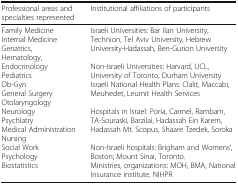
| Professional areas and specialties represented | Institutional affiliations of participants |
 | --- | --- |
 | Family MedicineInternal MedicineGeriatrics,Hematology,EndocrinologyPediatricsOb-GynGeneral SurgeryOtolaryngologyNeurologyPsychiatryMedical AdministrationNursingSocial WorkPsychologyBiostatistics | Israeli Universities: Bar Ilan University, Technion, Tel Aviv University, Hebrew University-Hadassah, Ben-Gurion UniversityNon-Israeli Universities: Harvard, UCL, University of Toronto, Durham UniversityIsraeli National Health Plans: Clalit, Maccabi, Meuhedet, Leumit Health ServicesHospitals in Israel: Poria, Carmel, Rambam, TA-Souraski, Barzilai, Hadassah Ein Karem, Hadassah Mt. Scopus, Shaare Tzedek, SorokaNon-Israeli hospitals: Brigham and Womens’, Boston; Mount Sinai, Toronto.Ministries, organizations: MOH, BMA, National Insurance institute, NIHPR |